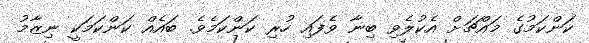
ކަންކަމުގެ މައްޗަށް އެކުލެވި ބިނާ ވެފައި ހުރި ކަންކަމެވެ. ބައެއް ކަންކަމަކީ ނިޒާމު